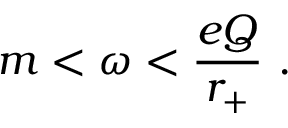
m < \omega < \frac { e Q } { r _ { + } } ~ .